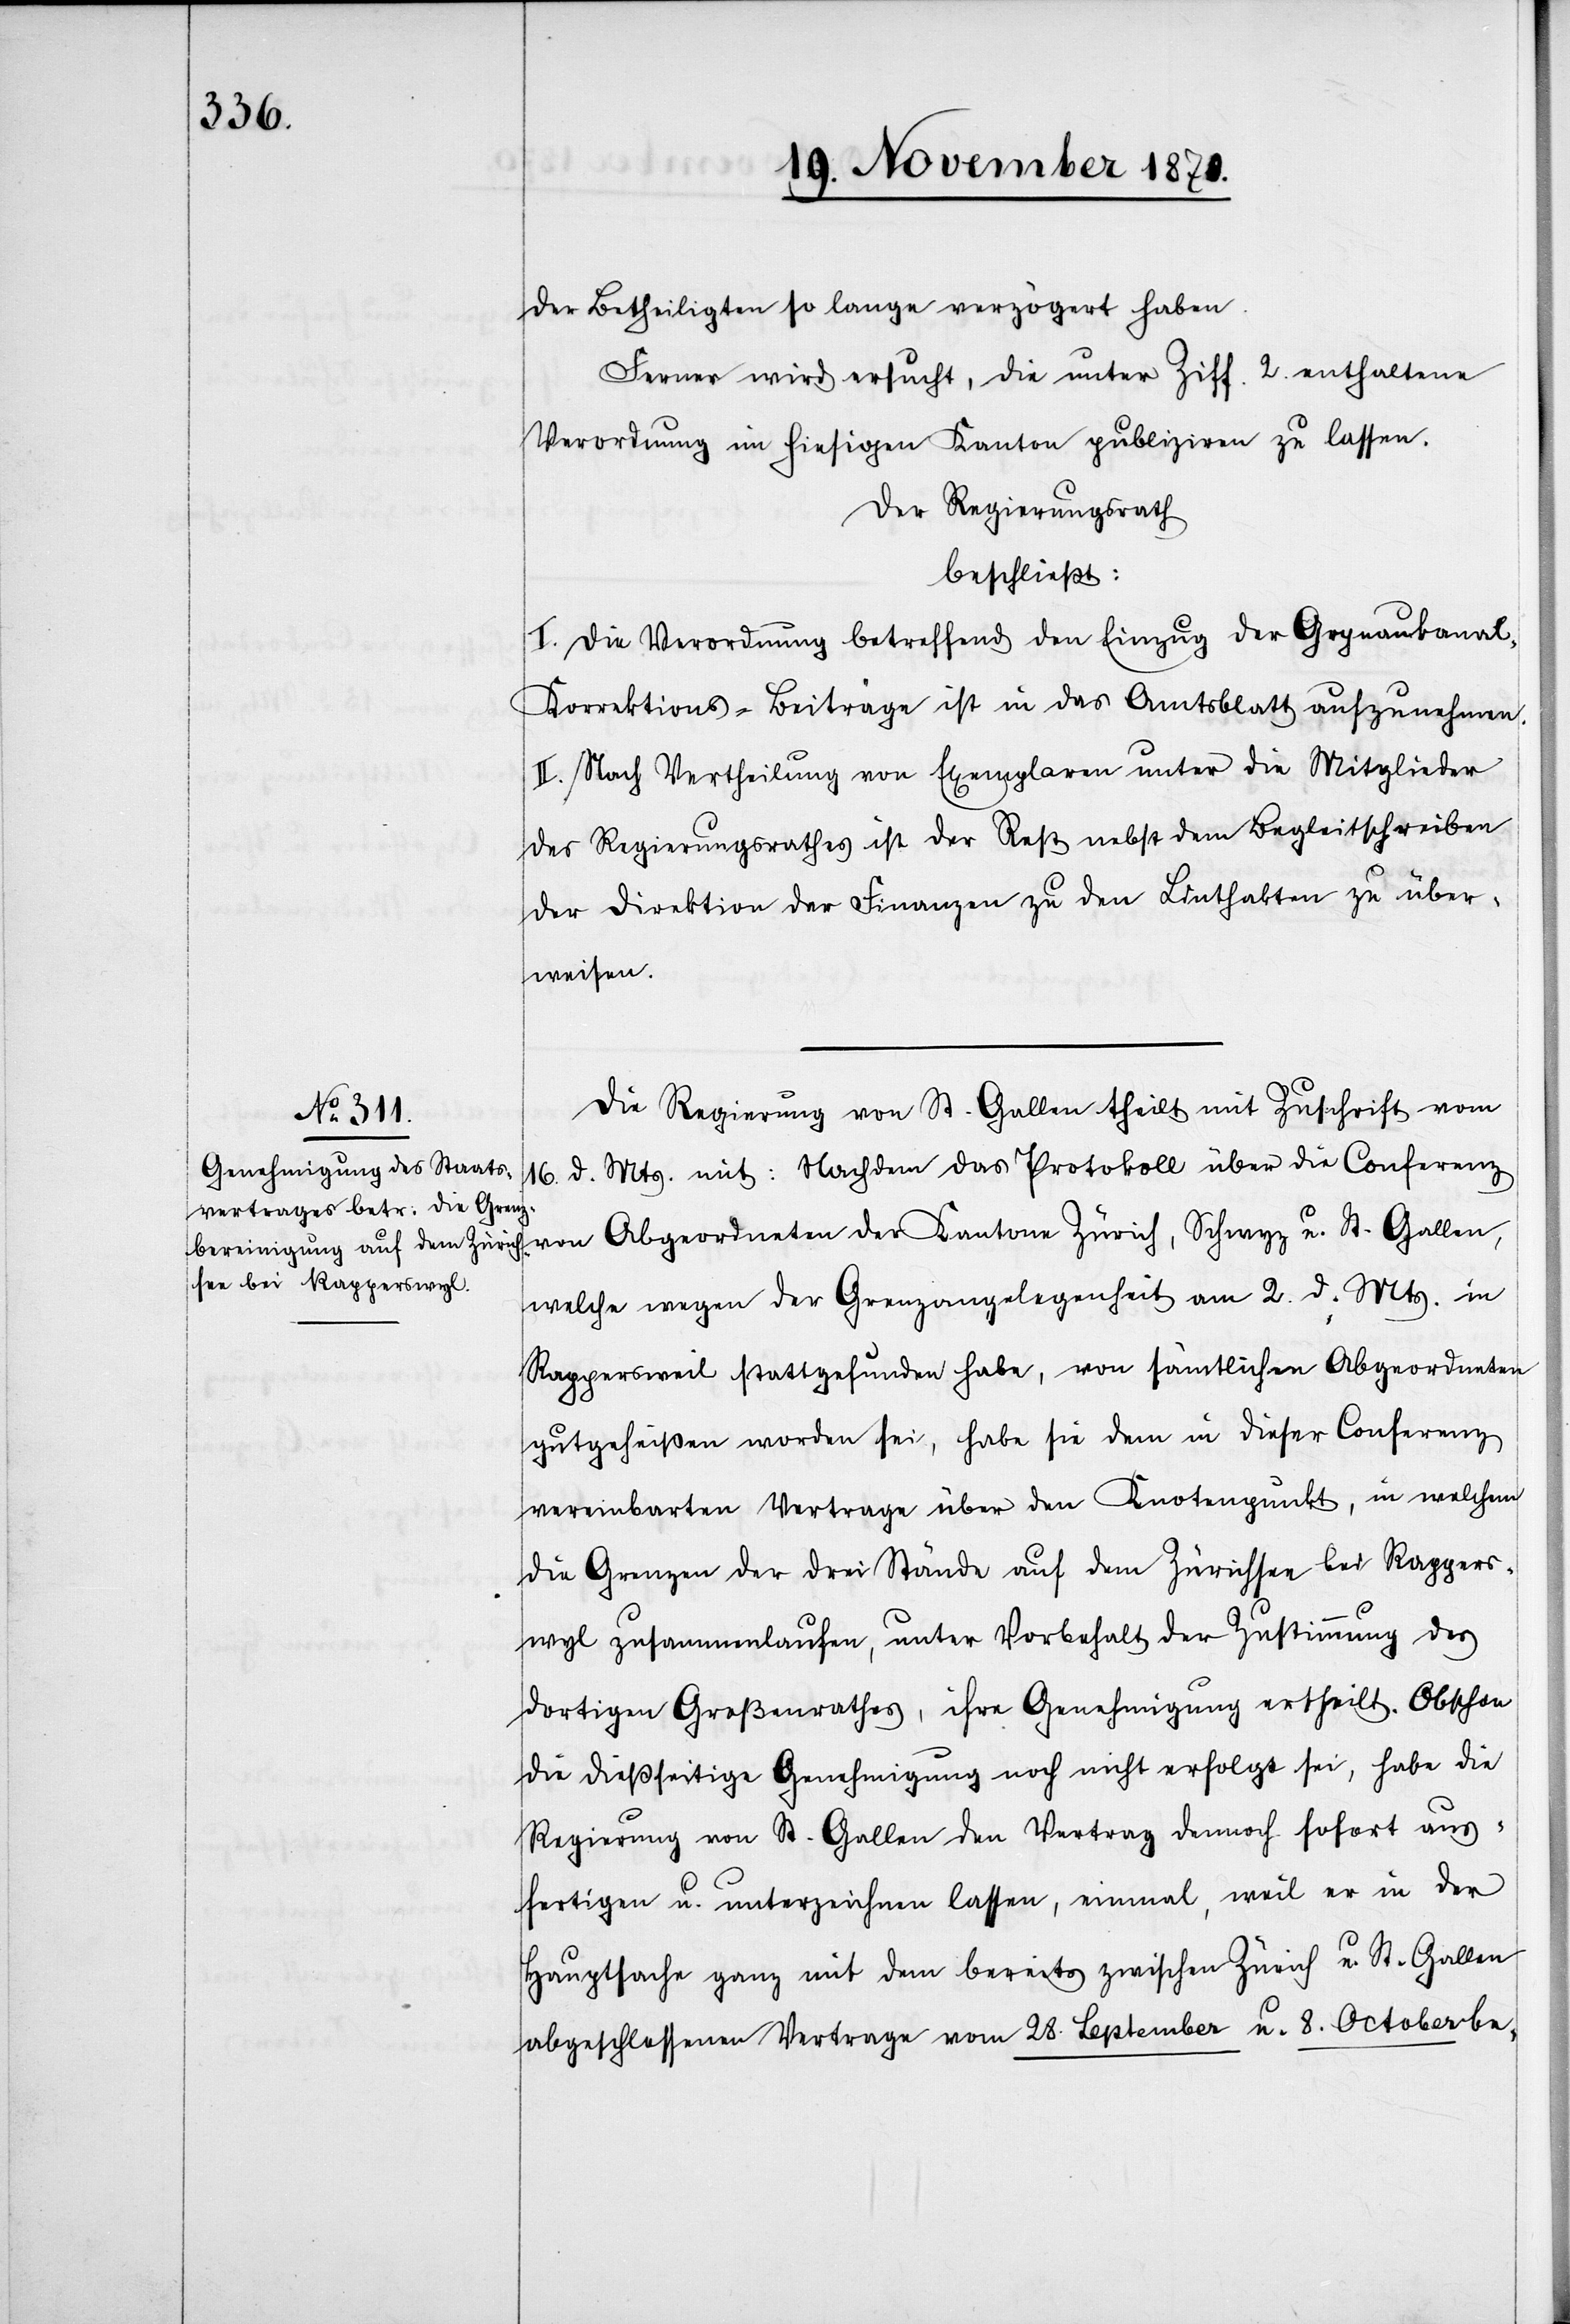
der Betheiligten so lange verzögert haben.
Ferner wird ersucht, die unter Ziff. 2 enthaltene
Verordnung im hiesigen Kanton publiziren zu lassen.
Der Regierungsrath
beschließt:
I. Die Verordnung betreffend den Einzug der Grynaukanal-K¬
orrektions-Beiträge ist in das Amtsblatt aufzunehmen.
II. Nach Vertheilung von Exemplaren unter die Mitglieder
des Regierungsrathes ist der Rest nebst dem Begleitschreiben
der Direktion der Finanzen zu den Linthakten zu über¬
weisen.
Die Regierung von St. Gallen theilt mit Zuschrift vom
d. Mts. mit: Nachdem das Protokoll über die Conferenz
16.
von Abgeordneten der Kantone Zürich, Schwyz u. St. Gallen,
welche wegen der Grenzangelegenheit am 2. d. Mts. in
Rappersweil stattgefunden habe, von sämtlichen Abgeordneten
gutgeheißen worden sei, habe sie dem in dieser Conferenz
vereinbarten Vertrage über den Knotenpunkt, in welchem
die Grenzen der drei Stände auf dem Zürichsee bei Rappers¬
wyl zusammenlaufen, unter Vorbehalt der Zustimmung des
dortigen Großenrathes, ihre Genehmigung ertheilt. Obschon
die dießseitige Genehmigung noch nicht erfolgt sei, habe die
Regierung von St. Gallen den Vertrag dennoch sofort aus¬
fertigen u. unterzeichnen lassen, einmal, weil er in der
Hauptsache ganz mit dem bereits zwischen Zürich u. St. Gallen
abgeschlossenen Vertrage vom 28. September u. 8. October be-